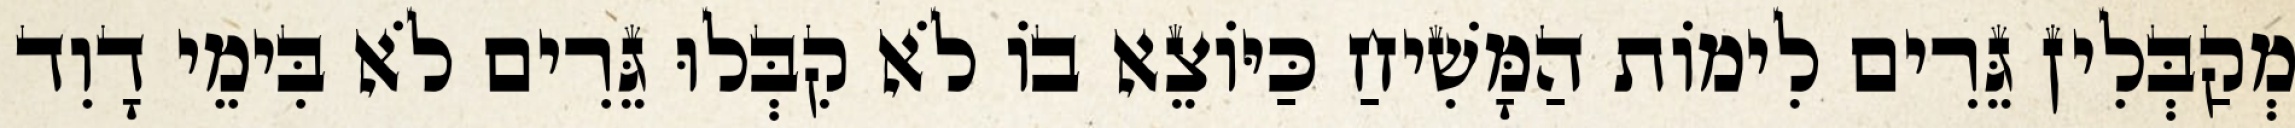
מְקַבְּלִין גֵּרִים לִימוֹת הַמָּשִׁיחַ כַּיּוֹצֵא בוֹ לֹא קִבְּלוּ גֵּרִים לֹא בִּימֵי דָוִד